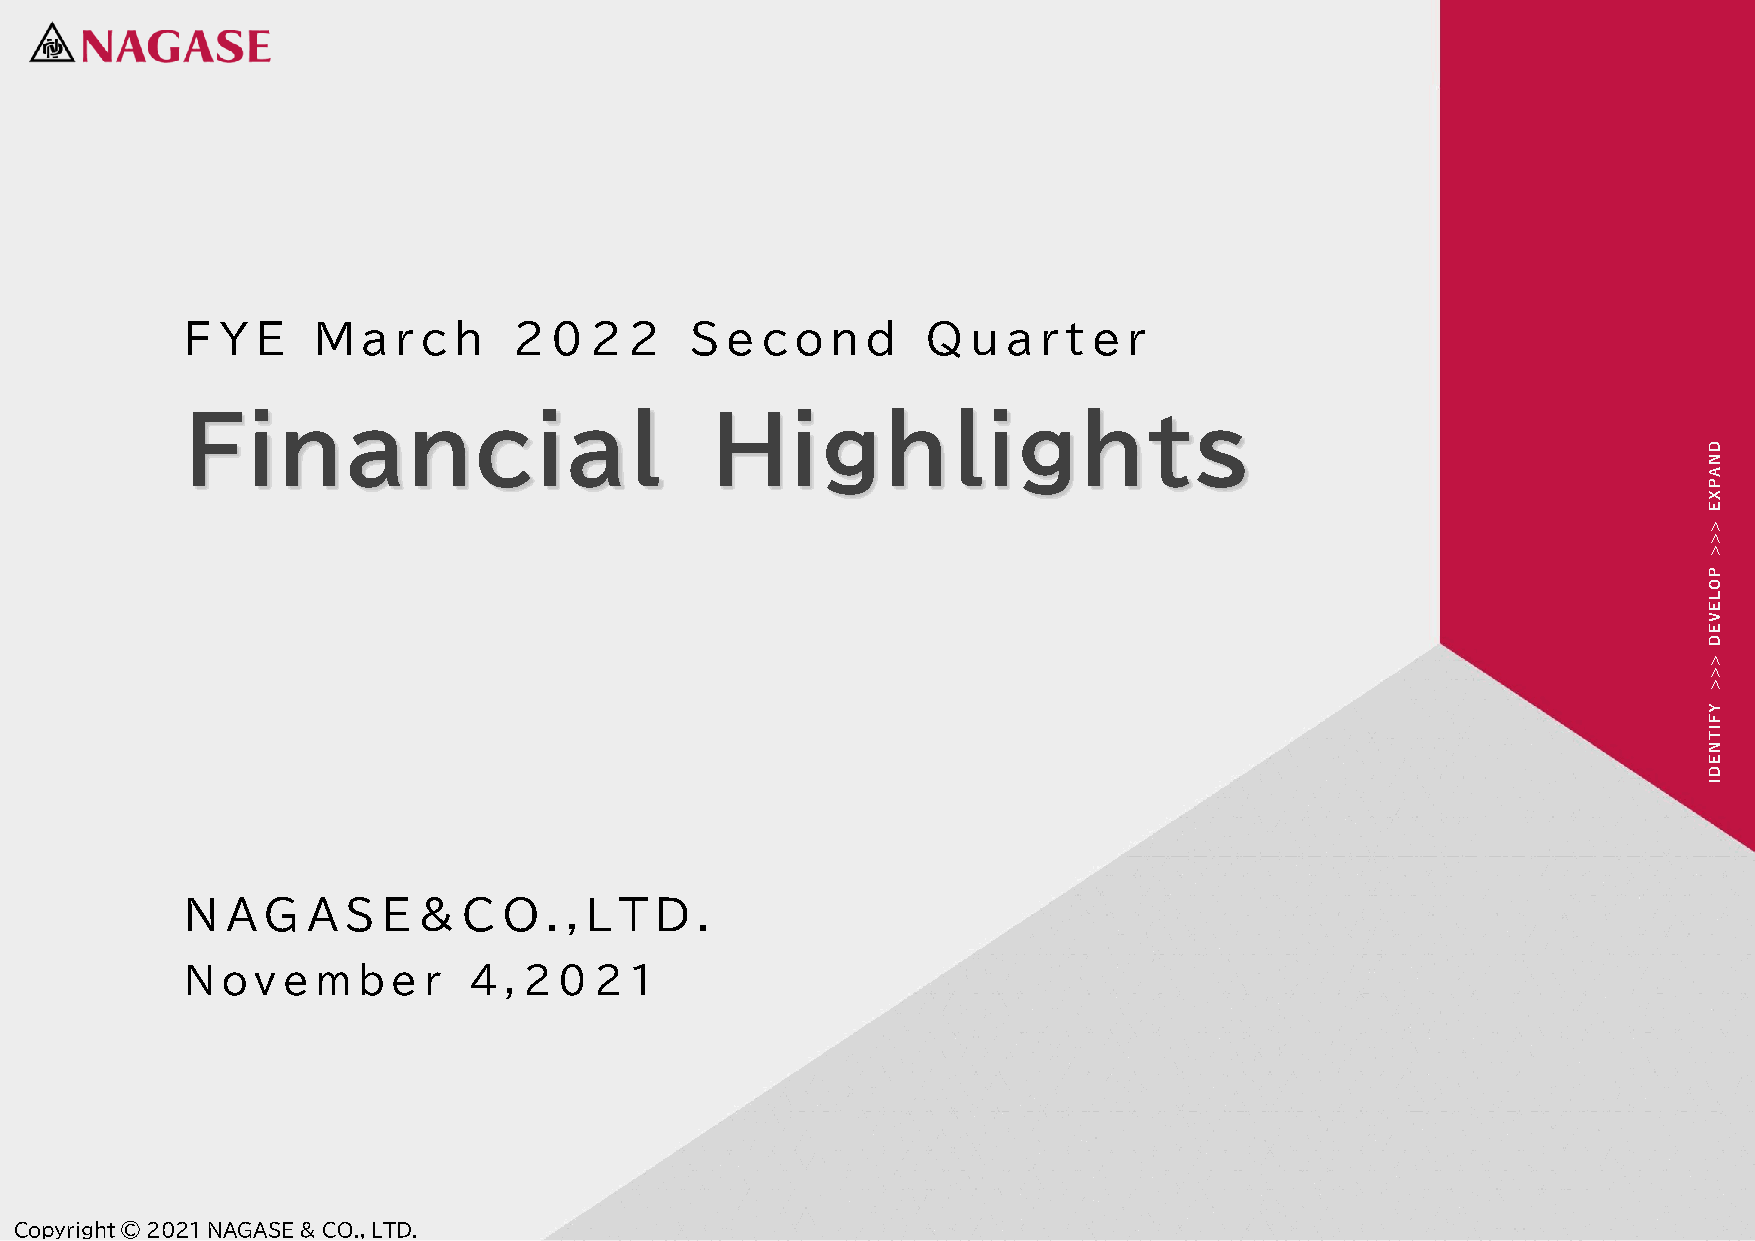
F Y  E   M  a r c h   2 0  2  2   S e c  o n d   Q  u  a r t e r
 Financial                          Highlights
 D
 N
 A
 P
 X
 E
 >
 >
 >
 P
 O
 L
 E
 V
 E
 D
 >
 >
 >
 Y
 F
 IT
 N
 E
 D
 I
 N  A G  A  S E  &  C O  . , L T D .
 N  o v e m  b e r  4 , 2 0 2  1
 CCooppyyrriigghhtt ©© 22002211 NNAAGGAASSEE && CCOO..,, LLTTDD..